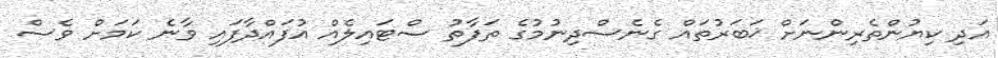
އަދި ކިޔުންތެރިންނަށް ޚަބަރުތައް ގެނެސްދިނުމުގެ ތަފާތު ސްޓައިލެއް އުފައްދާފައި ވާނެ ކަމަށް ވެސް